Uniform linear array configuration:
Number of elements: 32
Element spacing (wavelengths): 0.75
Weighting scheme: binomial
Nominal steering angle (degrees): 30
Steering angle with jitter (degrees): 30.045
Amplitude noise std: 0.05
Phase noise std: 0.05

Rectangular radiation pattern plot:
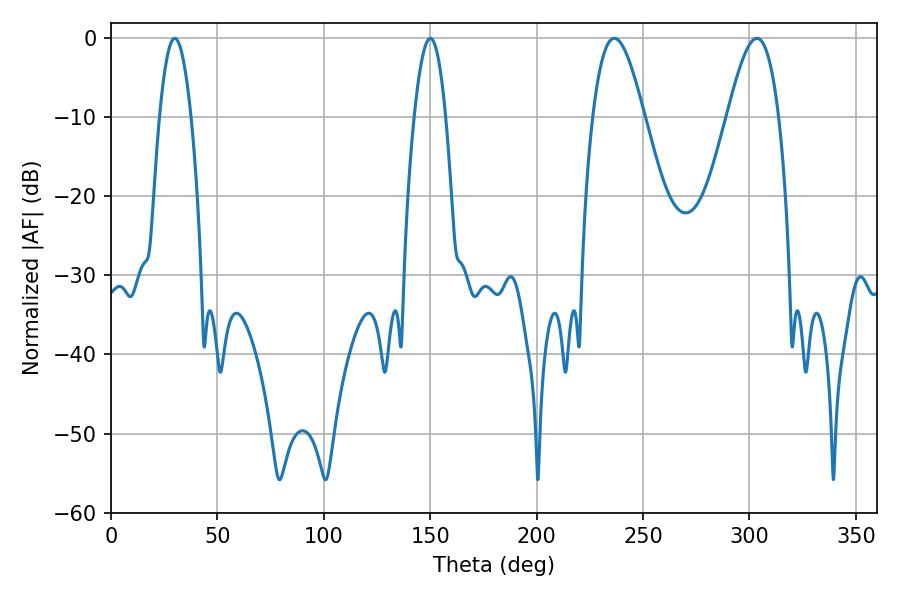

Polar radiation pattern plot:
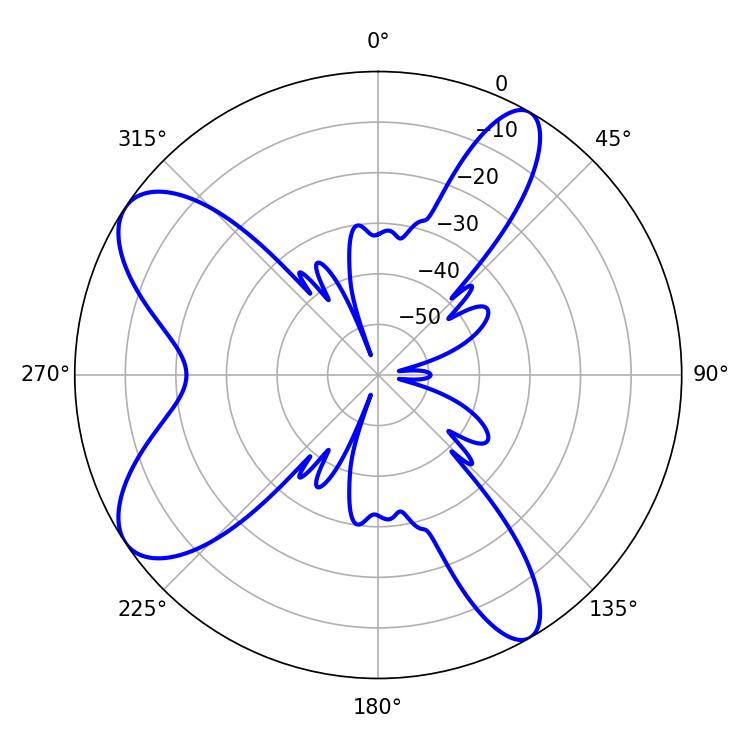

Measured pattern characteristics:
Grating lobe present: TRUE
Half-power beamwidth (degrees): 12.96
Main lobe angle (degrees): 303.48